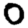
Digit: 0